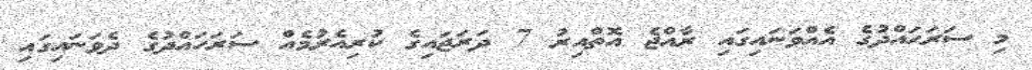
މި ސަރަހައްދުގެ އެއްވަނައިގައި ރާއްޖެ އޮތްއިރު 7 ދަރަޖައިގެ ކުރިއެރުމެއް ސަރަހައްދުގެ ދެވަނައިގައި